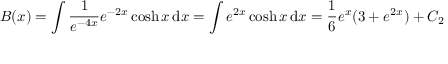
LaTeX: B ( x ) = \int { \frac { 1 } { e ^ { - 4 x } } } e ^ { - 2 x } \cosh x \, \mathrm { d } x = \int e ^ { 2 x } \cosh x \, \mathrm { d } x = { \frac { 1 } { 6 } } e ^ { x } ( 3 + e ^ { 2 x } ) + C _ { 2 }